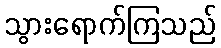
သွားရောက်ကြသည်